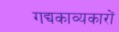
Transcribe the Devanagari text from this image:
गद्यकाव्यकारों